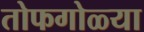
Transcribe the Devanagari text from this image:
तोफगोळ्या